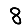
Digit: 8